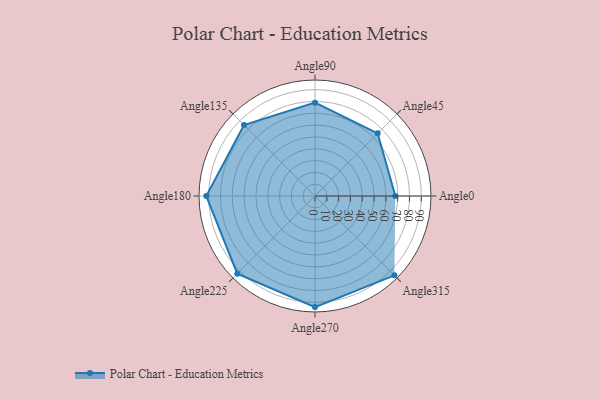
{"axis": {"x": "Angle", "y": "Radius"}, "legend": [""], "data": [{"x": "Angle0", "y": 68.0, "type": ""}, {"x": "Angle45", "y": 75.0, "type": ""}, {"x": "Angle90", "y": 79.0, "type": ""}, {"x": "Angle135", "y": 85.0, "type": ""}, {"x": "Angle180", "y": 92.0, "type": ""}, {"x": "Angle225", "y": 93.0, "type": ""}, {"x": "Angle270", "y": 94.0, "type": ""}, {"x": "Angle315", "y": 95.0, "type": ""}]}